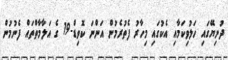
ދުނިޔޭގައި ހަލުވިކަމާއި އެކުގައި މިހާރު ފެތުރެމުން އަންނަ ކޮވިޑް-19 ގެ އަލާމާތްތައް ފެނުމުން